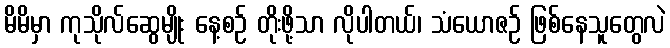
မိမိမှာ ကုသိုလ်ဆွေမျိုး နေ့စဉ် တိုးဖို့သာ လိုပါတယ်၊ သံယောဇဉ် ဖြစ်နေသူတွေလဲ